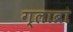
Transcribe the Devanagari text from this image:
ग्लाब्रा